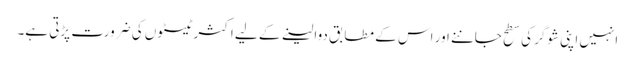
انہیں اپنی شوگر کی سطح جاننے اور اس کے مطابق دوا لینے کے لیے اکثر ٹیسٹوں کی ضرورت پڑتی ہے۔